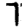
Digit: 7